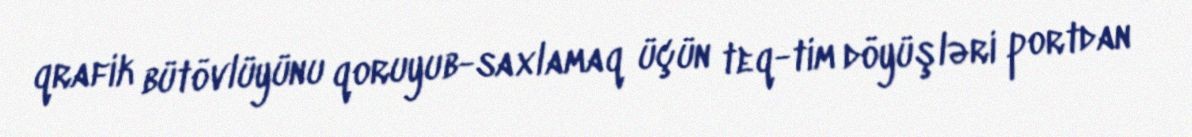
qrafik bütövlüyünu qoruyub-saxlamaq üçün teq-tim döyüşləri portdan